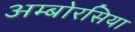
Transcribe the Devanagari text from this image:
अम्बोरसिया